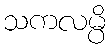
သကလမ္ပိ